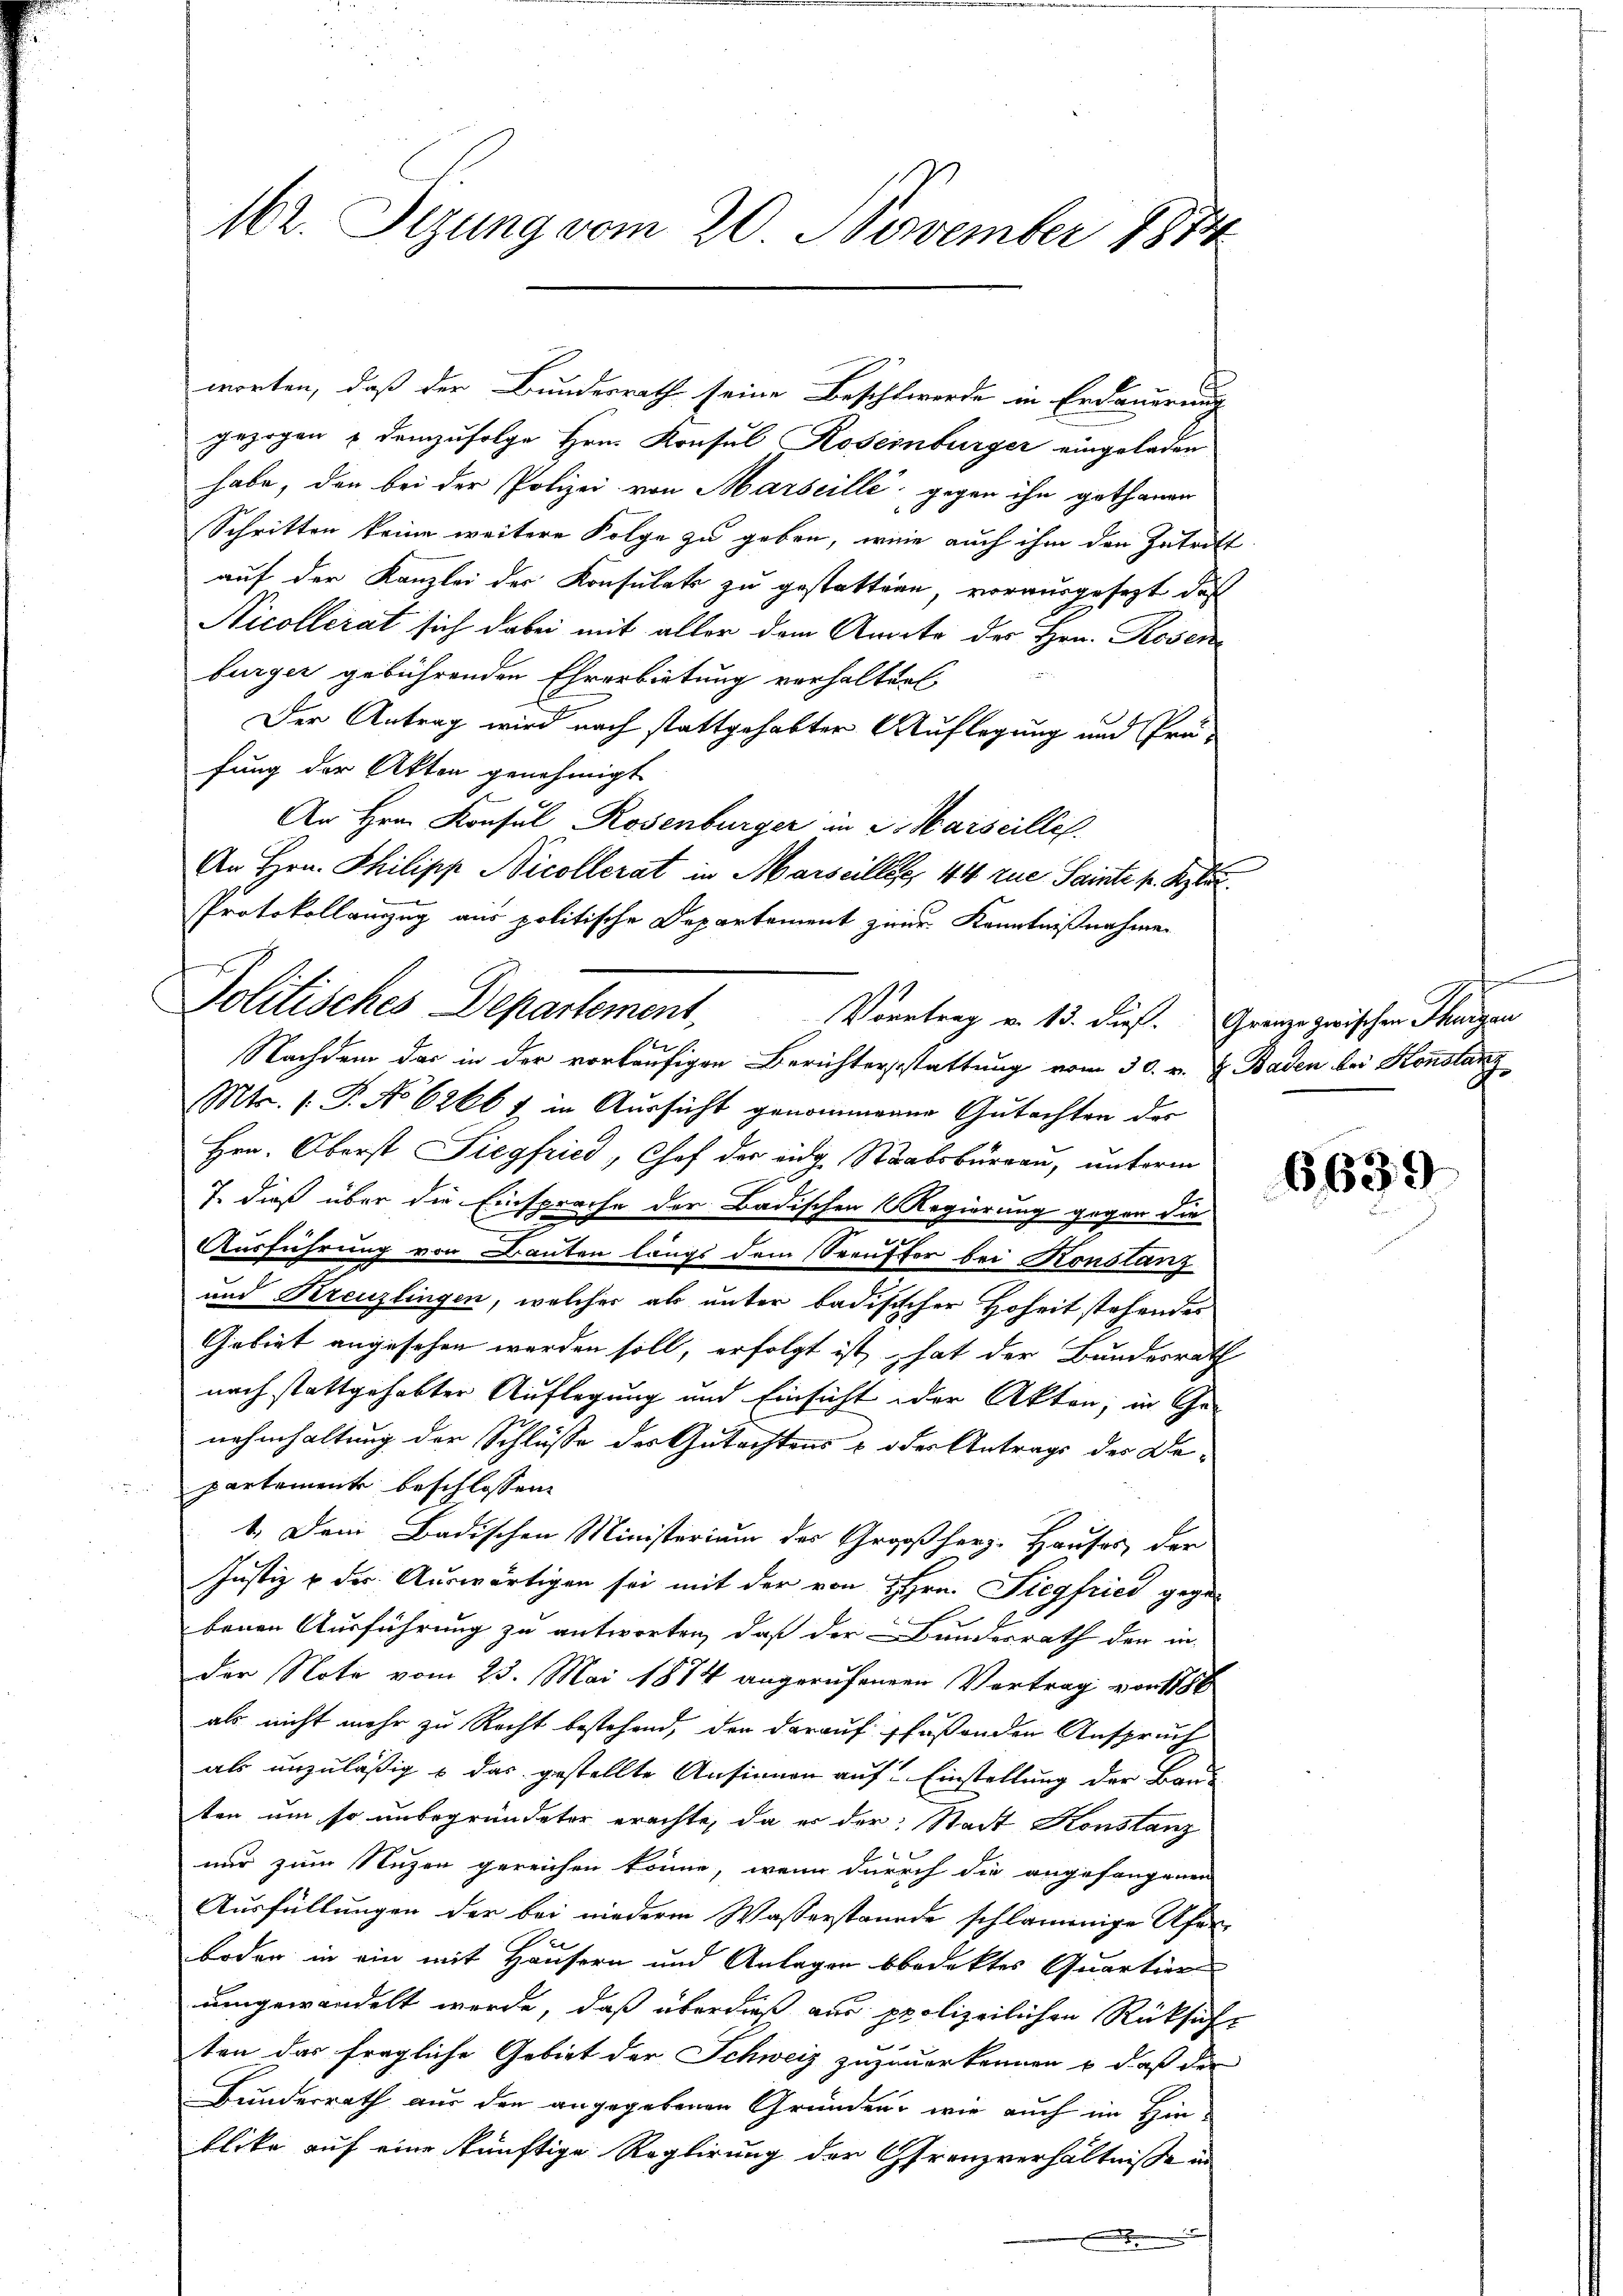
162. Sizung vom 20. November 1874

gezogen u demzufolge Hrn. Konsul Rosenburger eingeladen
habe, den bei der Polizei von Marseille, gegen ihn gethanen
Schritten keine weitere Folge zu geben, wein auch ihm den Zutritt
auf der Kanzlei der Konsulats zu gestattene, vorausgesezt das
Nicollerat sich dabei mit aller dem Anate der Hrn. Rosen
burger gebührenden Ehrerbietung vorhalten
Der Antrag wird nach stattgehabter Auflegung und Präfung der Akten genehmigt
s
An Hrn. Konsul Rosenburger in S. Maiscille.
An Hrn. Philipp Nicollerat in Marseiller, 44 zue Sainte p. Kybur
Protokollanzug aus politische Departement zur Kenntnißnahmen
er
Nachdem das in der vorläufigen Berichterstattung vom 30. v. J. Baden bei Konstanz
Mts. (T. No 6266 1 in Aussicht genommenen Gutachten der
Hrn. Oberst Siegfried, Chef der eidg. Staabsburgau, unterm
7. dieß über die Einsprache der Badischen Regierung gegen die
Ausführung von Bauten längs dem Seeuffer bei Konstanz
und Kreuzlingen, welcher als unter badisischer Hoheit stehendes
Gebiet angesehen werden soll, erfolgt ist hat der Bundesrath
nach stattgehabter Auflegung und Einsicht oder Akten; in Ge-
nahmhaltung der Schlüsse des Gutachtens & oder Antrags des Bepartemente beschlossen:
1. Dem Badischen Ministerium des Großherz-Hauses der
Justiz & der Auswärtigen sei mit der von Hrn. Siegfried gegen
benen Ausführung zu antworten, daß der Bundesrath der in
der Note vom 23. Mai 1874 angerufenen Vortrag von 178
als nicht mehr zu Recht bestehend, der darauf faßenden Anspruch
als unzuläßig & das gestellte Ansinnen auf Einstellung der Bau-
ten um so unbegründeter erachte, da er der Stadt Konstanz
nur zum Nuzen gereichen könne, wenn durch die angefangenen
Ausfüllungen der bei niederm Wasserstände schlammige Ufer
boden in ein mit Häusern und Anlagen bedektes Quartier
umgewandelt werde, daß überdieß aus polizeilichen Rücksiche
ten das fragliche Gebiet der Schweiz zuzuerkennen & daß der
Bunderrath aus den angegebenen Gründen, wie auch im Hin-
blike auf eine künftige Reglirung der Grenzverhältnisse in
.

worten, daß der Bundesrath seine Beschlwerde in Erdauerung

Politisches Departement, Vortrag v. 13. dieß. Grenze zwischen Thurgan

e

6639